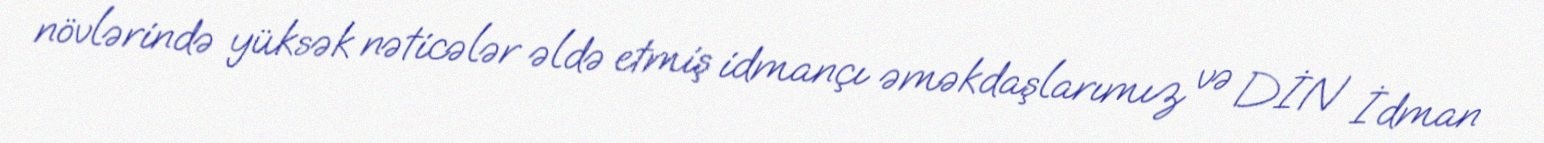
növlərində yüksək nəticələr əldə etmiş idmançı əməkdaşlarımız və DİN İdman